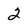
Character: 2